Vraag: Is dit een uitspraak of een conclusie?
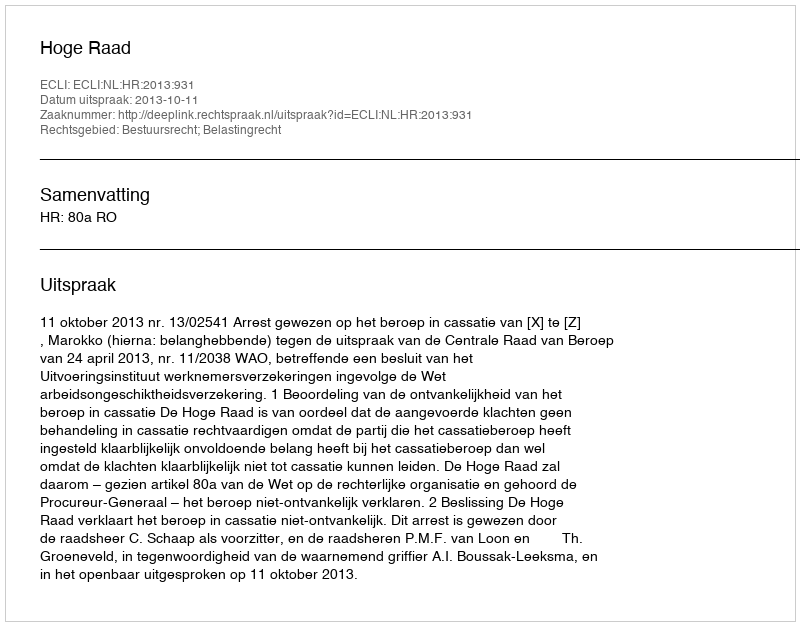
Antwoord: Uitspraak